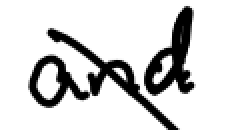
Text: and
Cross-out: diagonal
Writing tool: digital_black